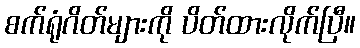
စက်ရုံဂိတ်များကို ပိတ်ထားလိုက်ပြီ။